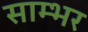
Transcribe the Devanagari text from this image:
साम्‍भर